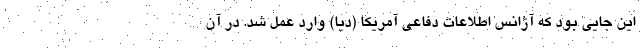
این جایی بود که آژانس اطلاعات دفاعی آمریکا (دیا) وارد عمل شد. در آن